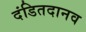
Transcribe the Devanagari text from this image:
दंडितदानव